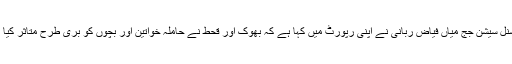
ایڈیشنل سیشن جج میاں فیاض ربانی نے اپنی رپورٹ میں کہا ہے کہ بھوک اور قحط نے حاملہ خواتین اور بچوں کو بری طرح متاثر کیا ہے۔